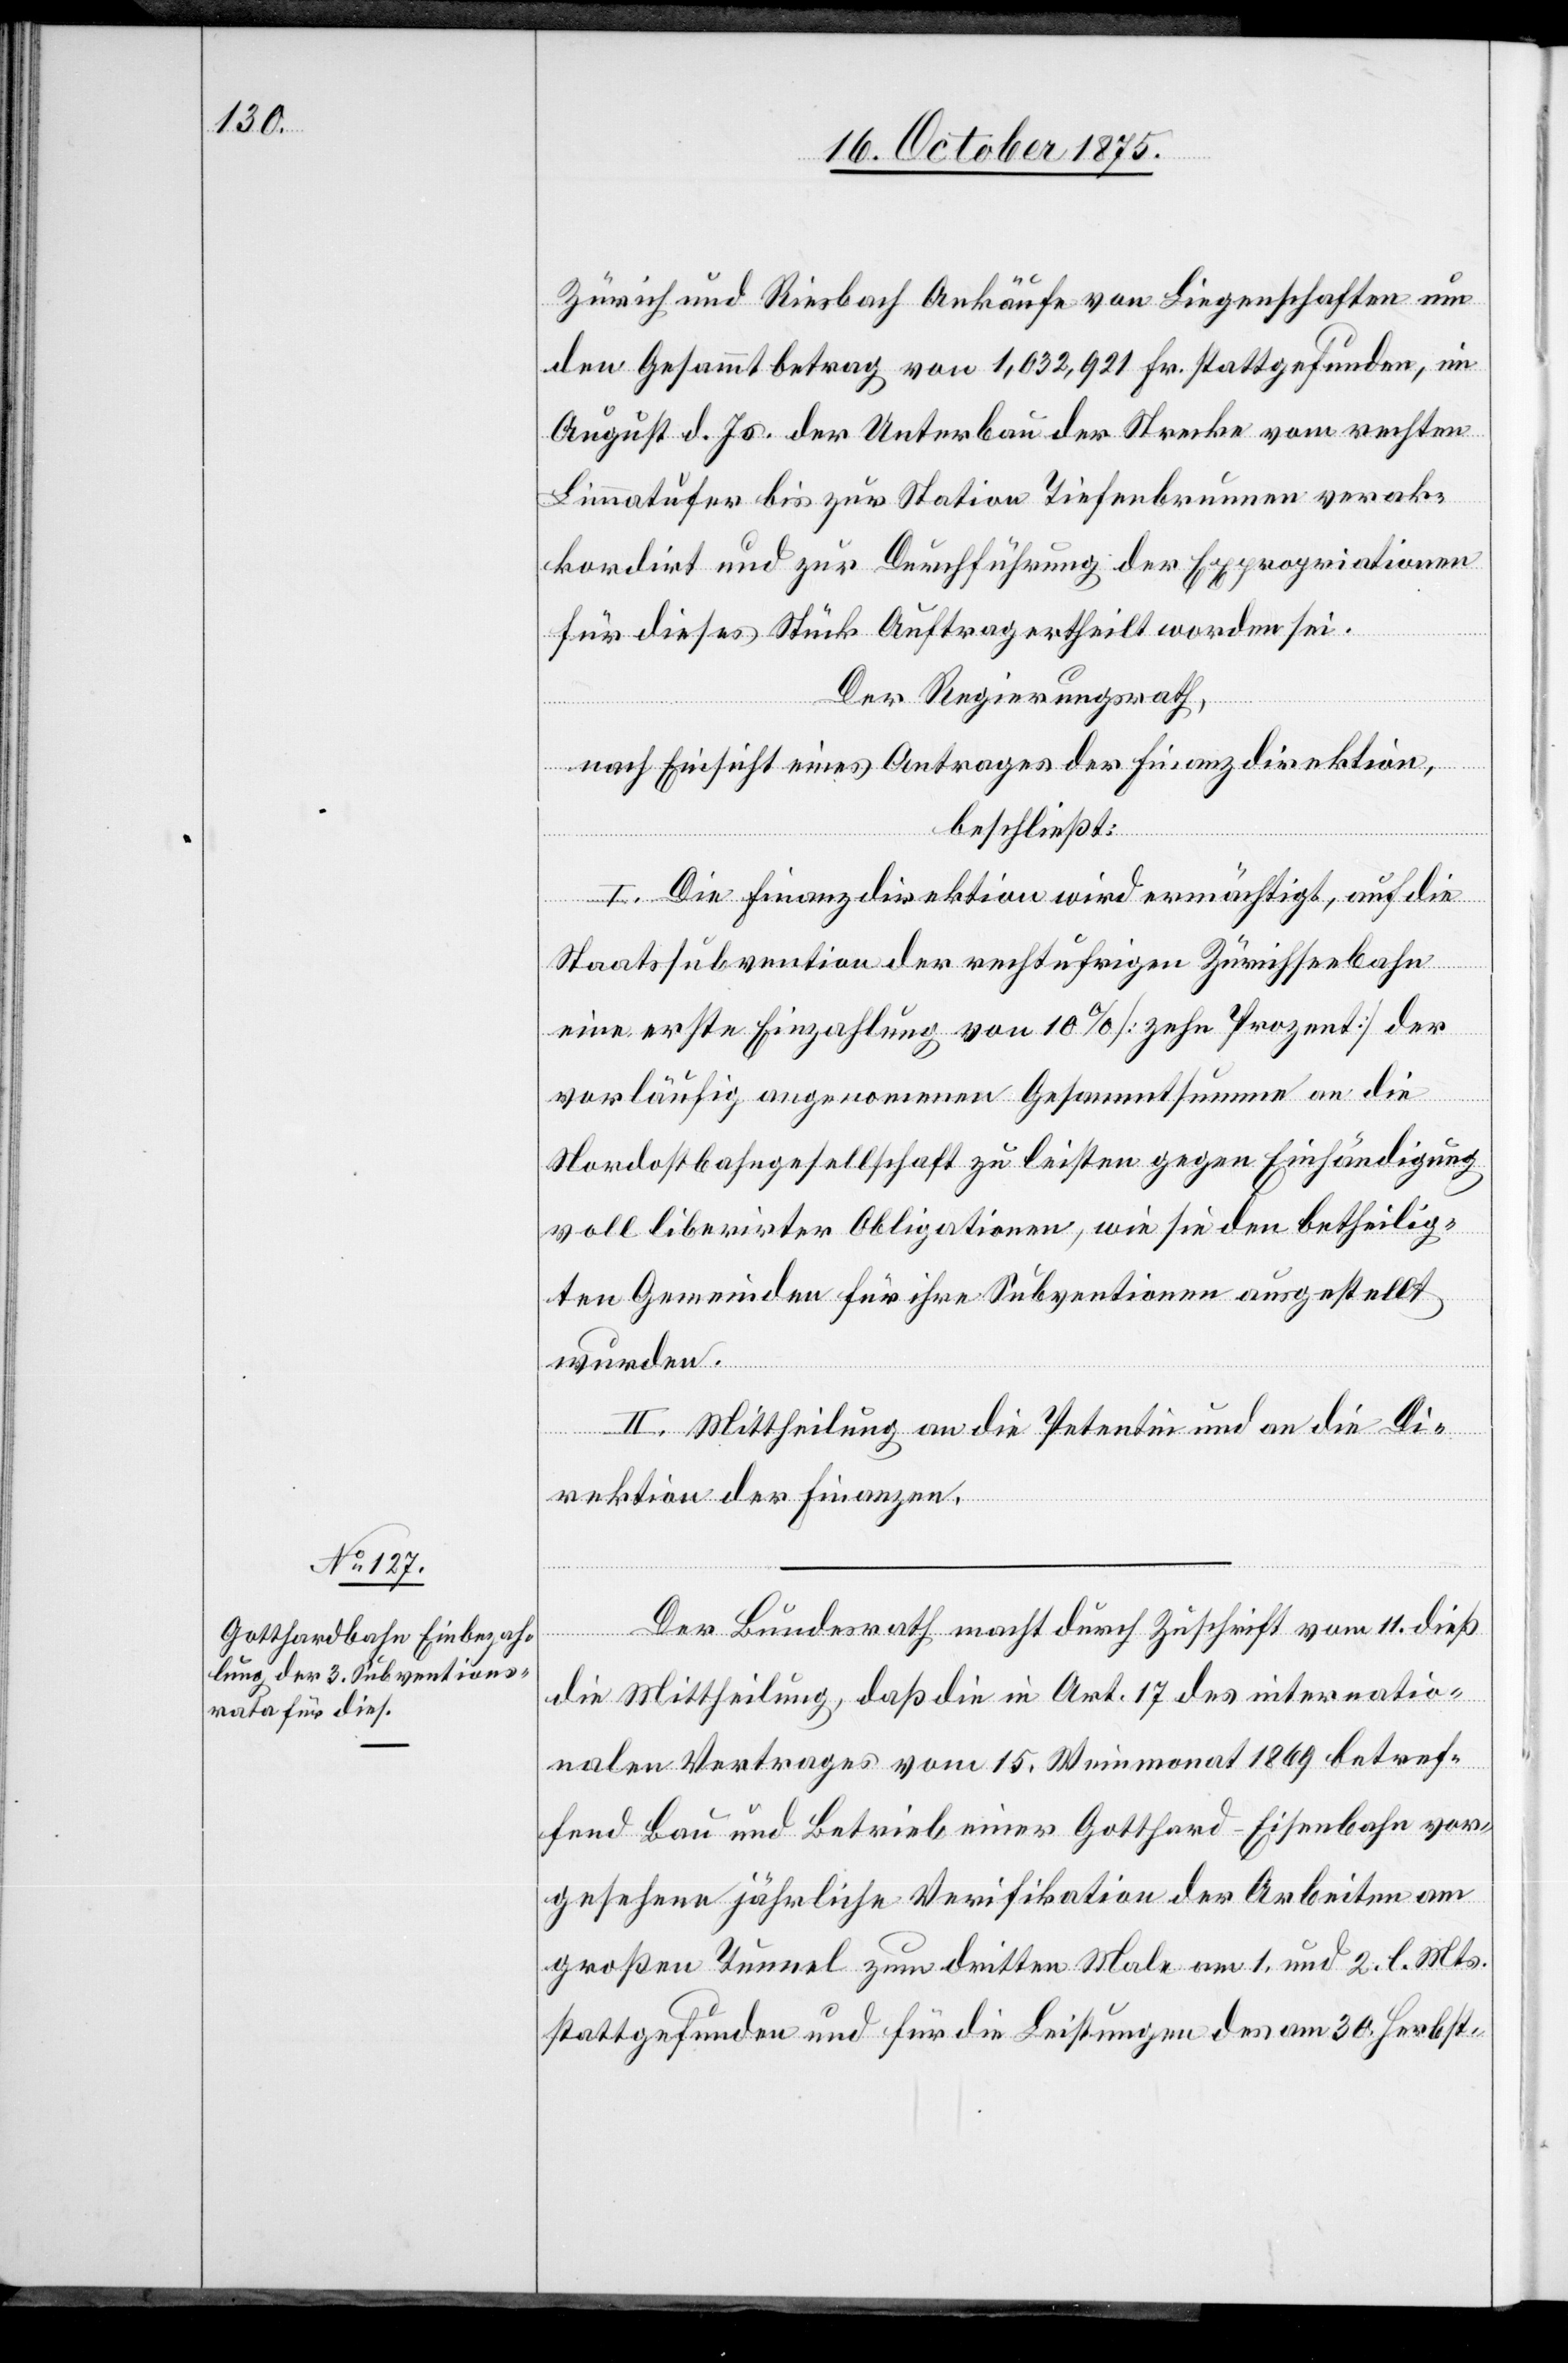
Zürich und Riesbach Ankäufe von Liegenschaften um
den Gesammtbetrag von 1,032,921 Fr. stattgefunden, im
August d. Js. der Unterbau der Strecke vom rechten
Limmatufer bis zur Station Tiefenbrunnen verak¬
kordirt und zur Durchführung der Expropriationen
für dieses Stück Auftrag ertheilt worden sei.
Der Regierungsrath,
nach Einsicht eines Antrages der Finanzdirektion,
beschließt:
I. Die Finanzdirektion wird ermächtigt, auf die
Staatssubvention der rechtufrigen Zürichseebahn
eine erste Einzahlung von 10% [zehn Prozent] der
vorläufig angenom[m]enen Gesammtsumme an die
Nordostbahngesellschaft zu leisten gegen Einhändigung
voll liberirter Obligationen, wie sie den betheilig¬
ten Gemeinden für ihre Subventionen ausgestellt
wurden.
II. Mittheilung an die Petentin und an die Di¬
rektion der Finanzen.
Der Bundesrath macht durch Zuschrift vom 11. dieß
die Mittheilung, daß die in Art. 17 des internatio¬
nalen Vertrages vom 15. Weinmonat 1869 betref¬
fend Bau und Betrieb einer Gotthard-Eisenbahn vor¬
gesehene jährliche Verifikation der Arbeiten am
großen Tunnel zum dritten Male am 1. und 2. l. Mts.
stattgefunden und für die Leistungen des am 30. Herbst-